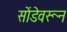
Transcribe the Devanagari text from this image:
सोंडेवरून